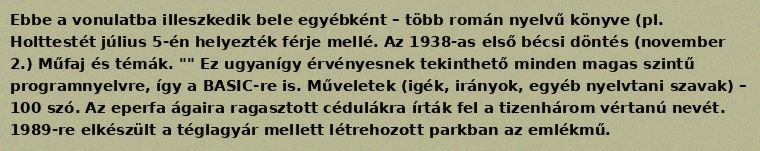
Ebbe a vonulatba illeszkedik bele egyébként – több román nyelvű könyve (pl. Holttestét július 5-én helyezték férje mellé. Az 1938-as első bécsi döntés (november 2.) Műfaj és témák. "" Ez ugyanígy érvényesnek tekinthető minden magas szintű programnyelvre, így a BASIC-re is. Műveletek (igék, irányok, egyéb nyelvtani szavak) – 100 szó. Az eperfa ágaira ragasztott cédulákra írták fel a tizenhárom vértanú nevét. 1989-re elkészült a téglagyár mellett létrehozott parkban az emlékmű.